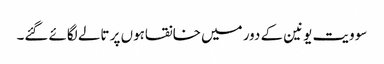
سو ویت یونین کے دور میں خانقاہوں پر تالے لگائے گئے۔